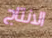
الانتاج